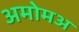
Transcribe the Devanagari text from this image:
अमोमअ